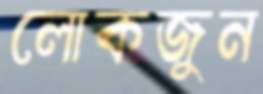
লোকজুন